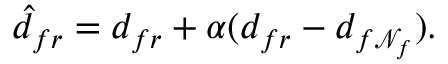
\hat { d } _ { f r } = d _ { f r } + \alpha ( d _ { f r } - d _ { f \mathcal { N } _ { f } } ) .